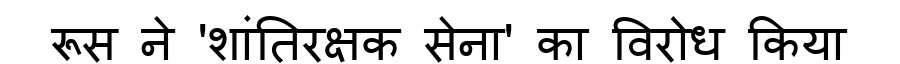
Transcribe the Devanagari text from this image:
रूस ने 'शांतिरक्षक सेना' का विरोध किया